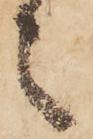
々